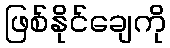
ဖြစ်နိုင်ချေကို